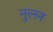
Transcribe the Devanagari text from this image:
नुल्ल